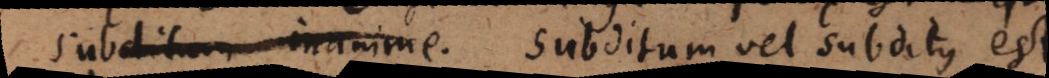
subditum inanime. Subditum vel subditus est